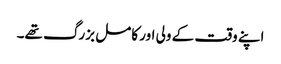
اپنے وقت کے ولی اور کامل بزرگ تھے۔